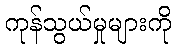
ကုန်သွယ်မှုများကို